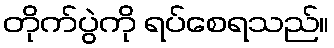
တိုက်ပွဲကို ရပ်စေရသည်။